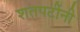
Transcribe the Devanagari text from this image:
शतपटींनी